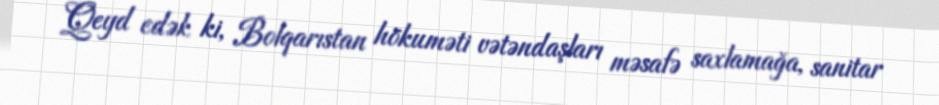
Qeyd edək ki, Bolqarıstan hökuməti vətəndaşları məsafə saxlamağa, sanitar